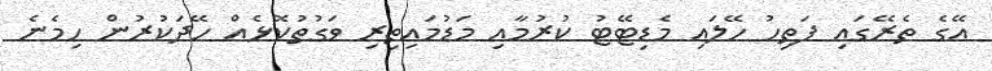
އޭގެ ތެރޭގައި ފަތިހު ހޭލައި މެޑިޓޭޓު ކުރުމާއި މަޑުމައިތިރި ވަގުތުކޮޅެއް ހޭދަކުރުން ހިމެނެ